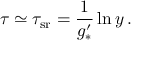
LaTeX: \tau \simeq \tau _ { \mathrm { s r } } = \frac { 1 } { g _ { * } ^ { \prime } } \ln y \, .